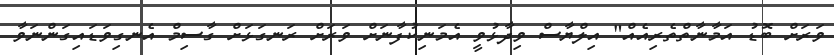
ވަރަށް ބޮޑު އަމާނާތްތެރިއެއް" އިލްޔާސް ވިދާޅުވީ އެމަނިކުފާނަށް ވަރަށް ރަނގަޅަށް ގާސިމް އެނގިވަޑައިގަންނަވާ